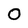
Character: o